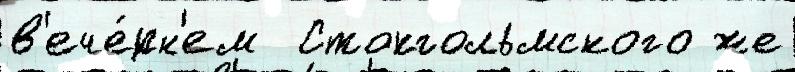
в'ече́рн'ем  Стокгольмского же